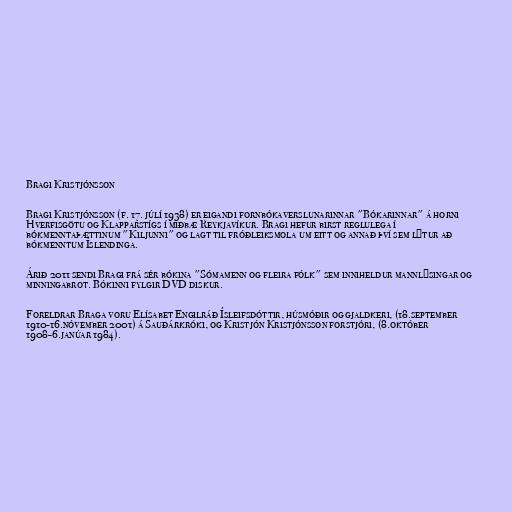
Bragi Kristjónsson

Bragi Kristjónsson (f. 17. júlí 1938) er eigandi fornbókaverslunarinnar "Bókarinnar" á horni
Hverfisgötu og Klapparstígs í miðbæ Reykjavíkur. Bragi hefur birst reglulega í
bókmenntaþættinum "Kiljunni" og lagt til fróðleiksmola um eitt og annað því sem lýtur að
bókmenntum Íslendinga.

Árið 2011 sendi Bragi frá sér bókina "Sómamenn og fleira fólk" sem inniheldur mannlýsingar og
minningabrot. Bókinni fylgir DVD diskur.

Foreldrar Braga voru Elísabet Engilráð Ísleifsdóttir, húsmóðir og gjaldkeri, (18.september
1910-16.nóvember 2001) á Sauðárkróki, og Kristjón Kristjónsson forstjóri, (8.október
1908-6.janúar 1984).